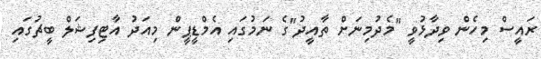
ރައީސް މިހެން ވިދާޅުވީ "މެދުމިނަށް ތާއީދު"ގެ ނަމުގައި އެމްޑީޕީން މިއަދު އާޓިފިޝަލް ބީޗުގައި